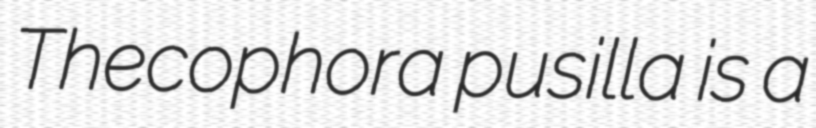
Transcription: Thecophora pusilla is a